Civil Veterinary Department Bihar reports 1936-40 - 1936-1940
Year: 1936
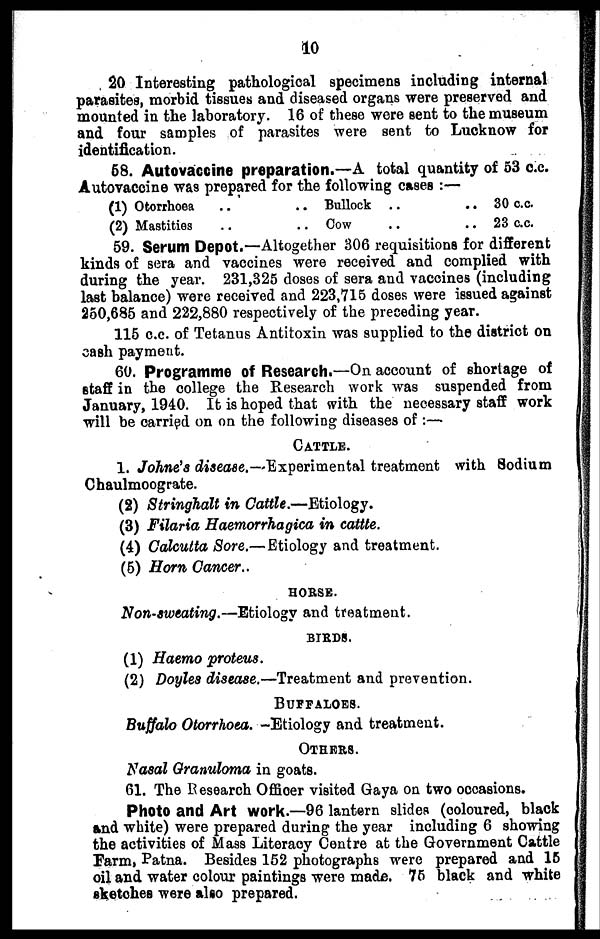
10
20 Interesting pathological specimens including internal
parasites, morbid tissues and diseased organs were preserved and
mounted in the laboratory. 16 of these were sent to the museum
and four samples of parasites were sent to Lucknow for
identification.
58. Autovaccine preparation.—A total quantity of 53 c.c.
Autovacoine was prepared for the following cases:—
(1) Otorrhoea ...
(2) Mastities ..
.. Bullock ..
.. Cow ..
.. 30 c.c.
.. 23 c.c.
59. Serum Depot.—Altogether 306 requisitions for different
kinds of sera and vaccines were received and complied with
during the year. 231,325 doses of sera and vaccines (including
last balance) were received and 223,715 doses were issued against
250,685 and 222,880 respectively of the preceding year.
115 c.c. of Tetanus Antitoxin was supplied to the district on
cash payment.
60. Programme of Research.—On account of shortage of
staff in the college the Research work was suspended from
January, 1940. It is hoped that with the necessary staff work
will be carried on on the following diseases of:—
Cattle.
1. Johne's disease.—Experimental treatment with Sodium
Chaulmoograte.
(2) Stringhalt in Cattle.—Etiology.
(3) Filaria Haemorrhagica in cattle.
(4) Calcutta Sore.—Etiology and treatment.
(5) Horn Cancer..
HORSE.
Non-sweating.—Etiology and treatment.
BIRDS.
(1) Haemo proteus.
(2) Doyles disease.—Treatment and prevention.
Buffaloes.
Buffalo Otorrhoea.—Etiology and treatment.
Others.
Nasal Granuloma in goats.
61. The Research Officer visited Gaya on two occasions.
Photo and Art work.—96 lantern slides (coloured, black
and white) were prepared during the year including 6 showing
the activities of Mass Literacy Centre at the Government Cattle
Farm, Patna. Besides 152 photographs were prepared and 15
oil and water colour paintings were made. 75 black and white
sketches were also prepared.